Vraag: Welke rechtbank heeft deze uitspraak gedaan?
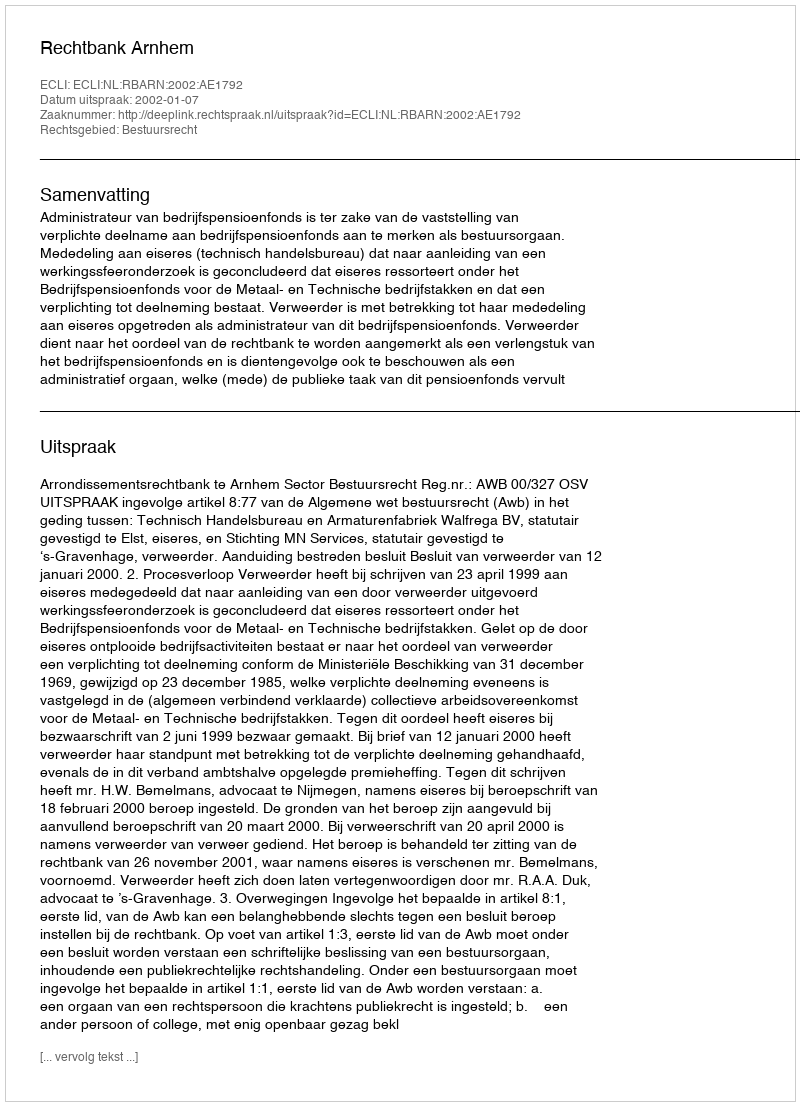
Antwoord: Rechtbank Arnhem